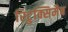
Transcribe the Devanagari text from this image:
रिटुक्सिमैब